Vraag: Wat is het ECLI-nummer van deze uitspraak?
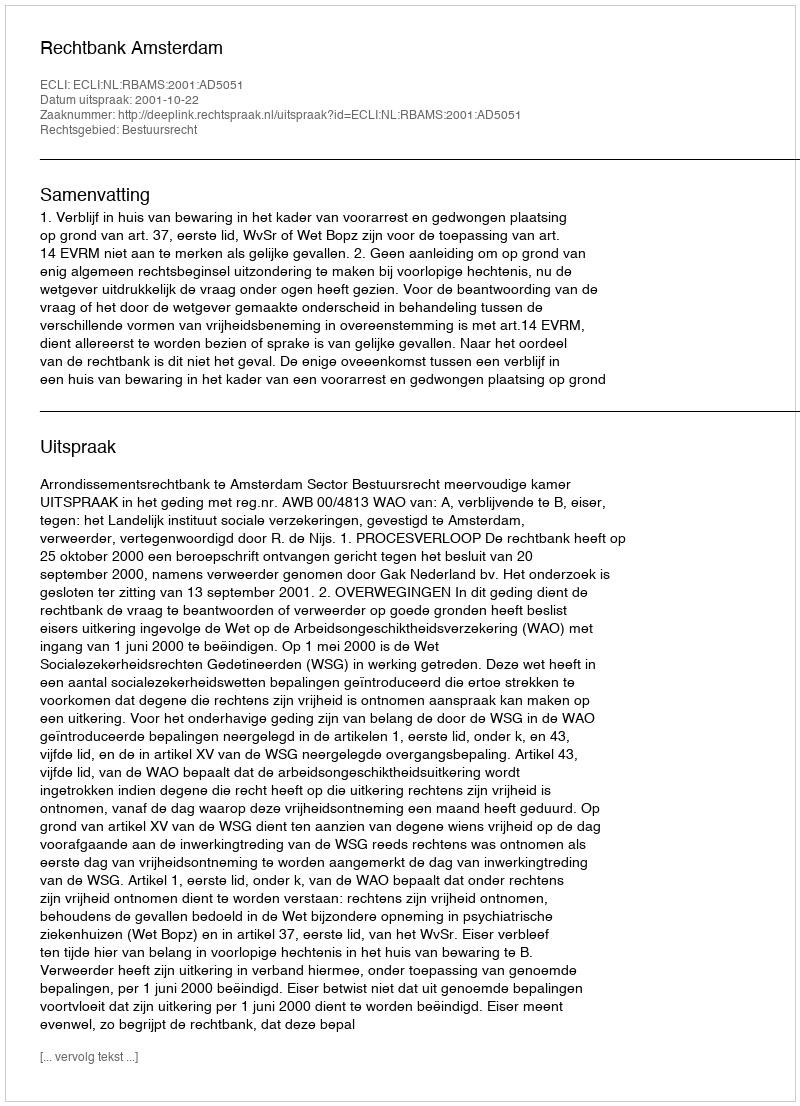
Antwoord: ECLI:NL:RBAMS:2001:AD5051